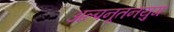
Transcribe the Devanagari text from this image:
अल्पनूतनयुग